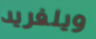
ويلفريد